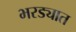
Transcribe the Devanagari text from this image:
भरड्यात